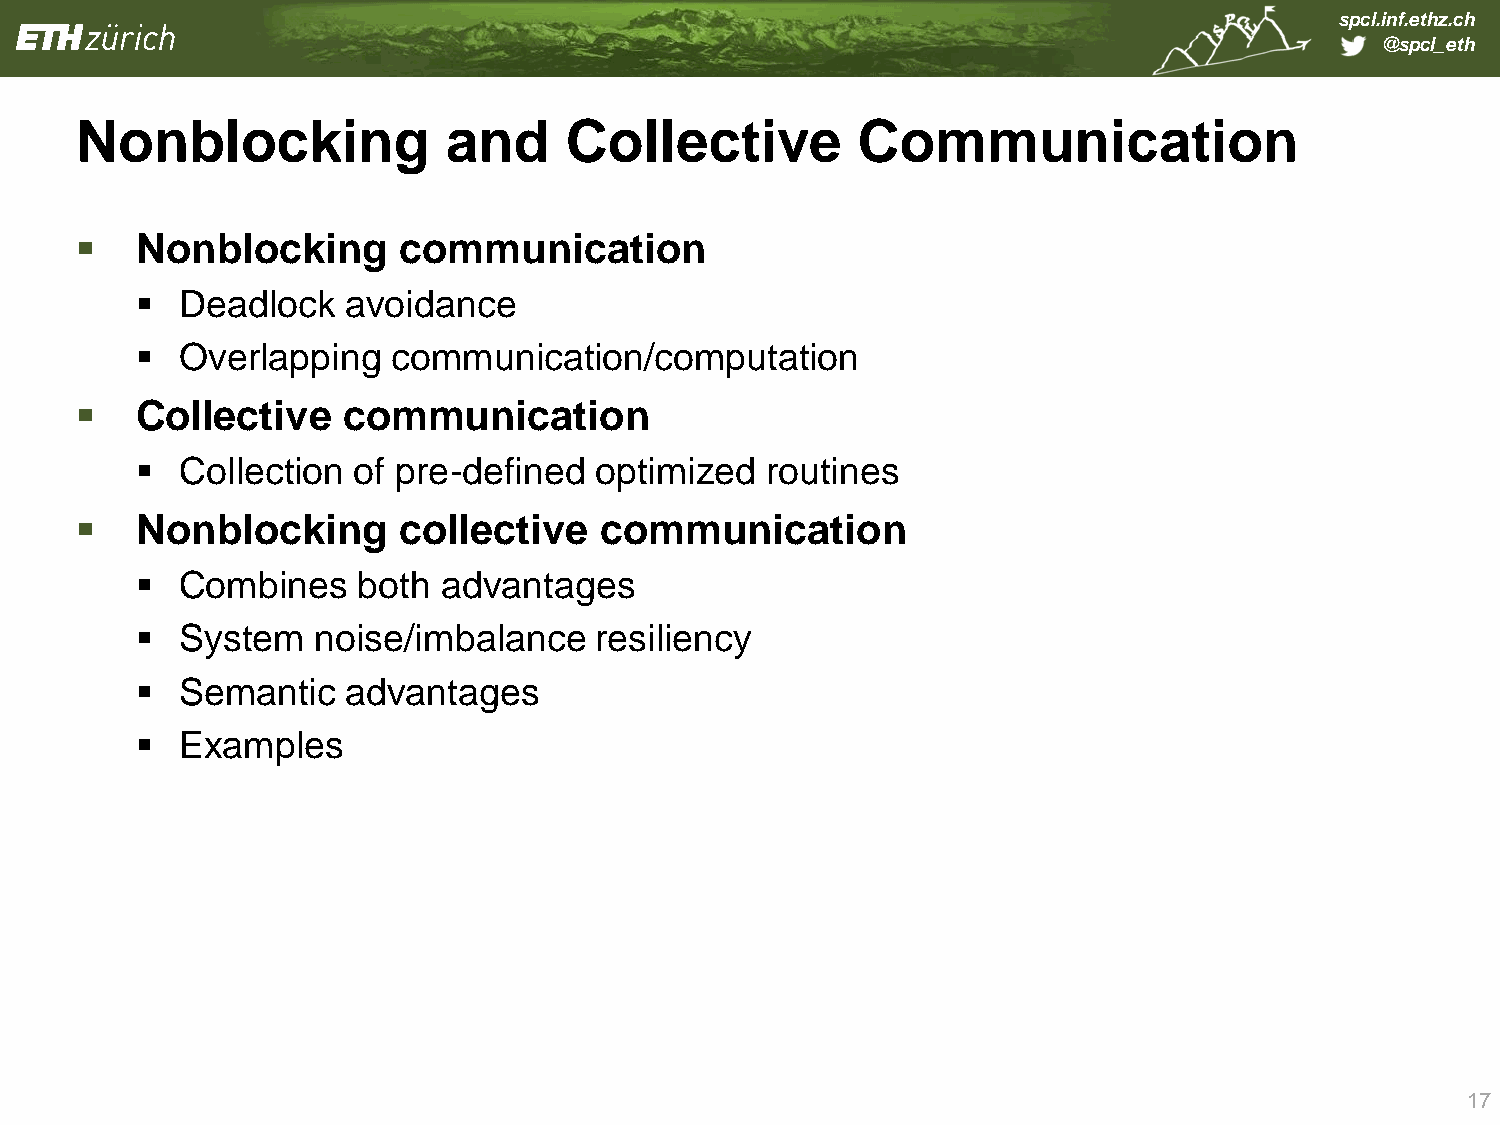
spcl.inf.ethz.ch
 @spcl_eth
 Nonblocking              and    Collective          Communication
    Nonblocking      communication
   Deadlock   avoidance
   Overlapping   communication/computation
    Collective    communication
   Collection of pre-defined  optimized   routines
    Nonblocking      collective    communication
   Combines    both advantages
   System   noise/imbalance   resiliency
   Semantic   advantages
   Examples
 17